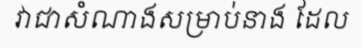
វាជាសំណាងសម្រាប់នាង ដែល